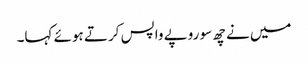
میں نے چھ سو روپے واپس کرتے ہوئے کہا۔